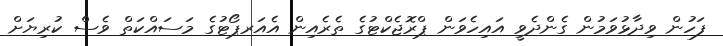
ފަހުން ވިދާޅުވަމުން ގެންދެވީ އައިހެވަން ޕްރޮޖެކްޓުގެ ތެރެއިން އެއަރޕޯޓުގެ މަސައްކަތް ވެސް ކުރިޔަށް